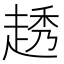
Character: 䞬